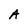
Character: A